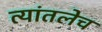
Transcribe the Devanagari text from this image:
त्यांतलेच